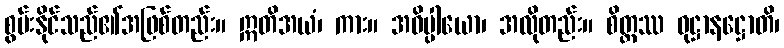
စွမ်းနိုင်သည်၏အဖြစ်တည်း။ ဣတိအယံ၊ ကား။ အဓိပ္ပါယော၊ အလိုတည်း။ စိတ္တဿ ဝုဋ္ဌာနဋ္ဌောတိ၊